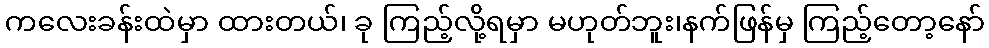
ကလေးခန်းထဲမှာ ထားတယ်၊ ခု ကြည့်လို့ရမှာ မဟုတ်ဘူး၊နက်ဖြန်မှ ကြည့်တော့နော်